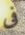
فى